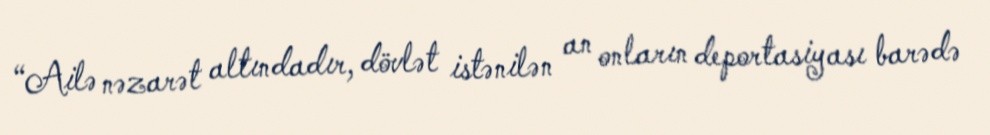
“Ailə nəzarət altındadır, dövlət istənilən an onların deportasiyası barədə